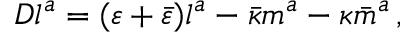
D l ^ { a } = ( \varepsilon + { \bar { \varepsilon } } ) l ^ { a } - { \bar { \kappa } } m ^ { a } - \kappa { \bar { m } } ^ { a } \, ,